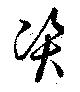
資